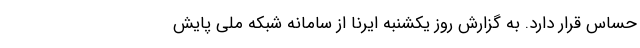
حساس قرار دارد. به گزارش روز یکشنبه ایرنا از سامانه شبکه ملی پایش